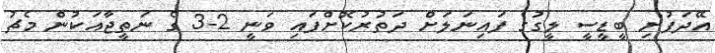
އޭދަފުށި ބީޑީސީ ލީގުގެ ފައިނަލަށް ދަތުރުކޮށްފައި ވަނީ 2-3 ގެ ނަތީޖާއަކުން މެޗު